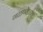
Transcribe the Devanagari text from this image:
गळण्याच्या